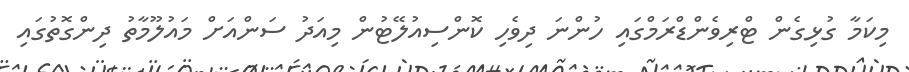
މިކަމާ ގުޅިގެން ޓްރިވެންޑްރަމްގައި ހުންނަ ދިވެހި ކޮންސިއުލޭޓުން މިއަދު ސަންއަށް މައުލޫމާތު ދިންގޮތުގައި